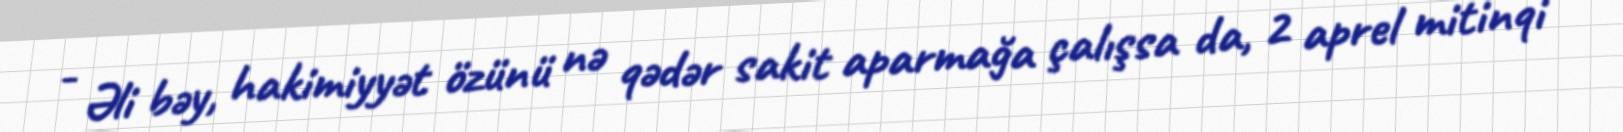
- Əli bəy, hakimiyyət özünü nə qədər sakit aparmağa çalışsa da, 2 aprel mitinqi